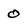
Character: 0